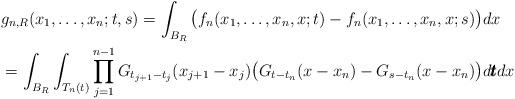
LaTeX: \begin{align*}& g_{n,R}(x_1,\ldots,x_n;t,s)= \int_{B_R} \big( f_n(x_1,\ldots,x_n,x;t) - f_n(x_1,\ldots,x_n,x;s) \big)dx \\& =\int_{B_R} \int_{T_n(t)} \prod_{j=1}^{n-1} G_{t_{j+1}-t_j} (x_{j+1} - x_j) \big( G_{t-t_n}(x-x_n) - G_{s-t_n}(x-x_n) \big) d\pmb{t} dx\end{align*}